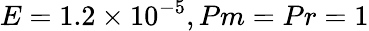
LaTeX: E=1.2\times 10^{-5},Pm=Pr=1